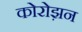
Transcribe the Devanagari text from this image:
कोरोझ़न